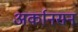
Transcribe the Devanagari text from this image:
अर्कानसन